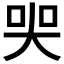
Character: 𡘜